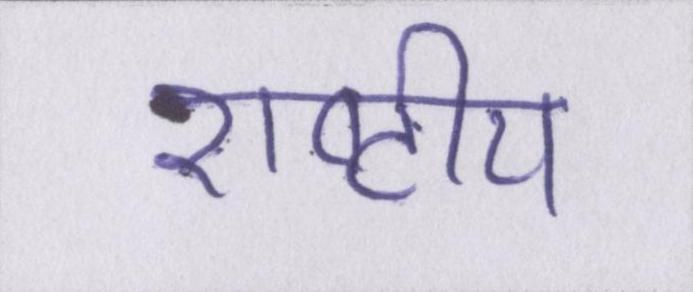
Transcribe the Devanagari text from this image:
राष्ट्रीय